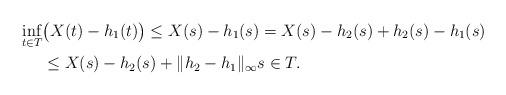
LaTeX: \begin{align*} \inf_{t\in T}&\bigl(X(t) - h_{1}(t)\bigr) \le X(s) - h_{1}(s) = X(s) -h_{2}(s) + h_{2}(s) - h_{1}(s)\\&\le X(s) - h_{2}(s) + \|h_{2}-h_{1}\|_{\infty} s\in T.\end{align*}